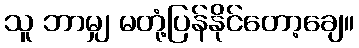
သူ ဘာမျှ မတုံ့ပြန်နိုင်တော့ချေ။